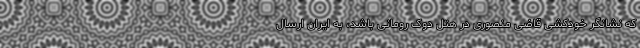
که نشانگر خودکشی قاضی منصوری در هتل دوک رومانی باشد، به ایران ارسال